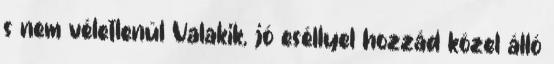
s nem véletlenül Valakik, jó eséllyel hozzád közel álló